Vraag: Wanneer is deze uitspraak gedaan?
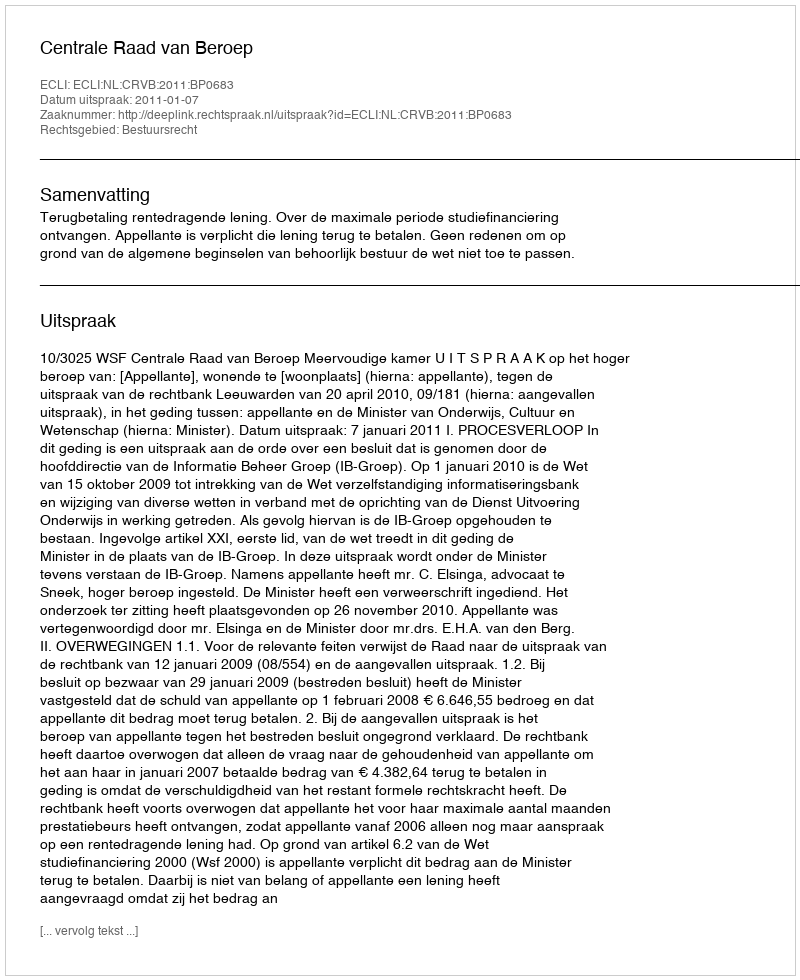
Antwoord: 2011-01-07